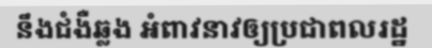
នឹងជំងឺឆ្លង អំពាវនាវឲ្យប្រជាពលរដ្ឋ